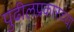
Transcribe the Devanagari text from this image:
पुढीलप्रकारच्या